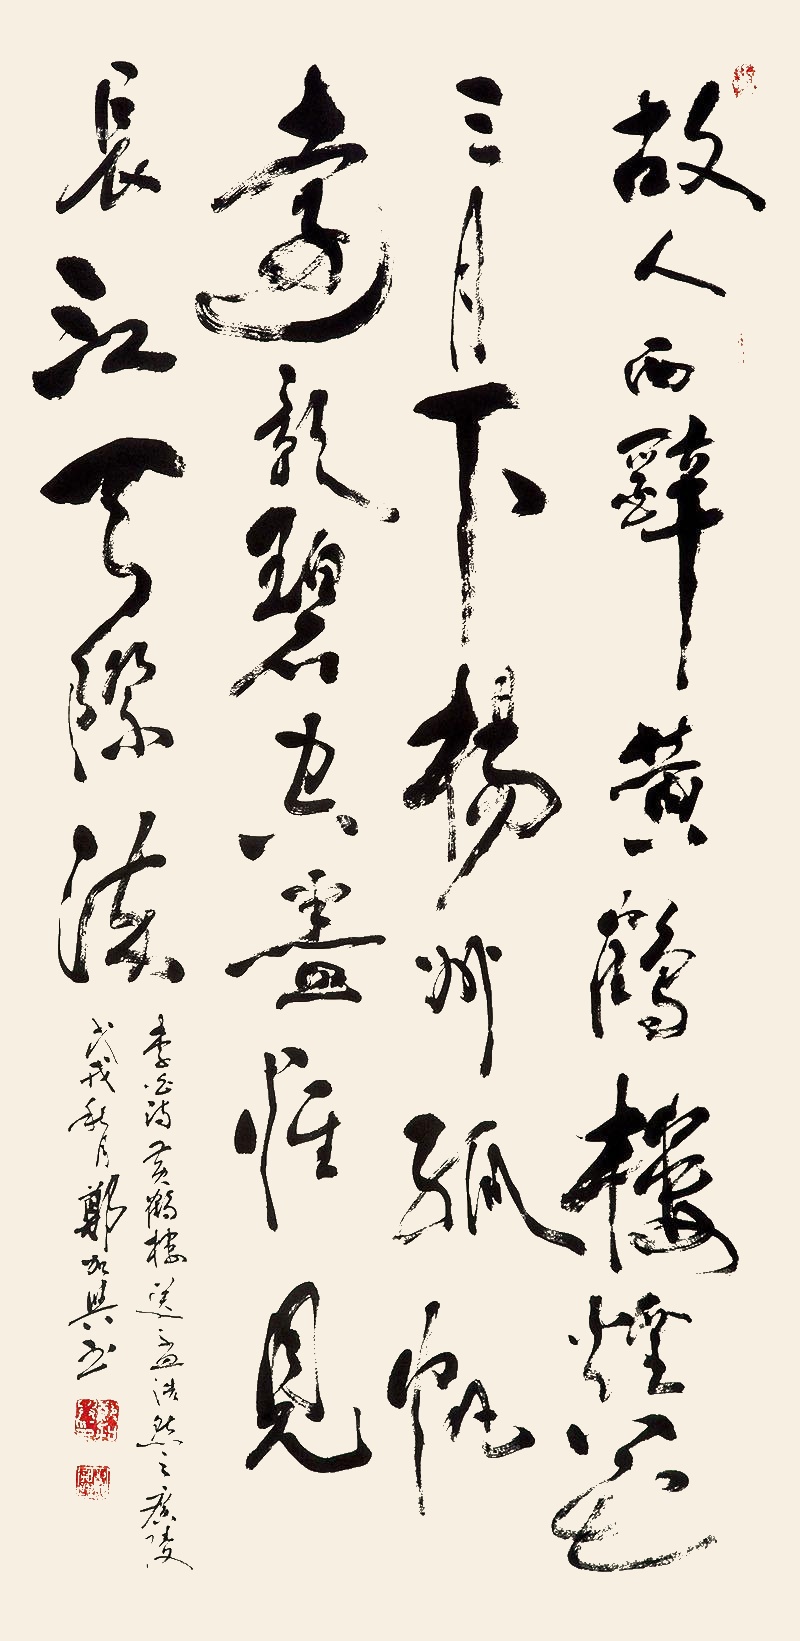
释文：故人西辞黄鹤楼，烟花三月下扬州。孤帆远影碧空尽，唯见长江天际流。李白诗·黄鹤楼送孟浩然之广陵，戊戌秋月，郑加兴书。